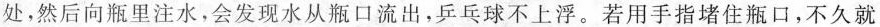
处，然后向瓶里注水，会发现水从瓶口流出，乒乓球不上浮。若用手指堵住瓶口，不久就